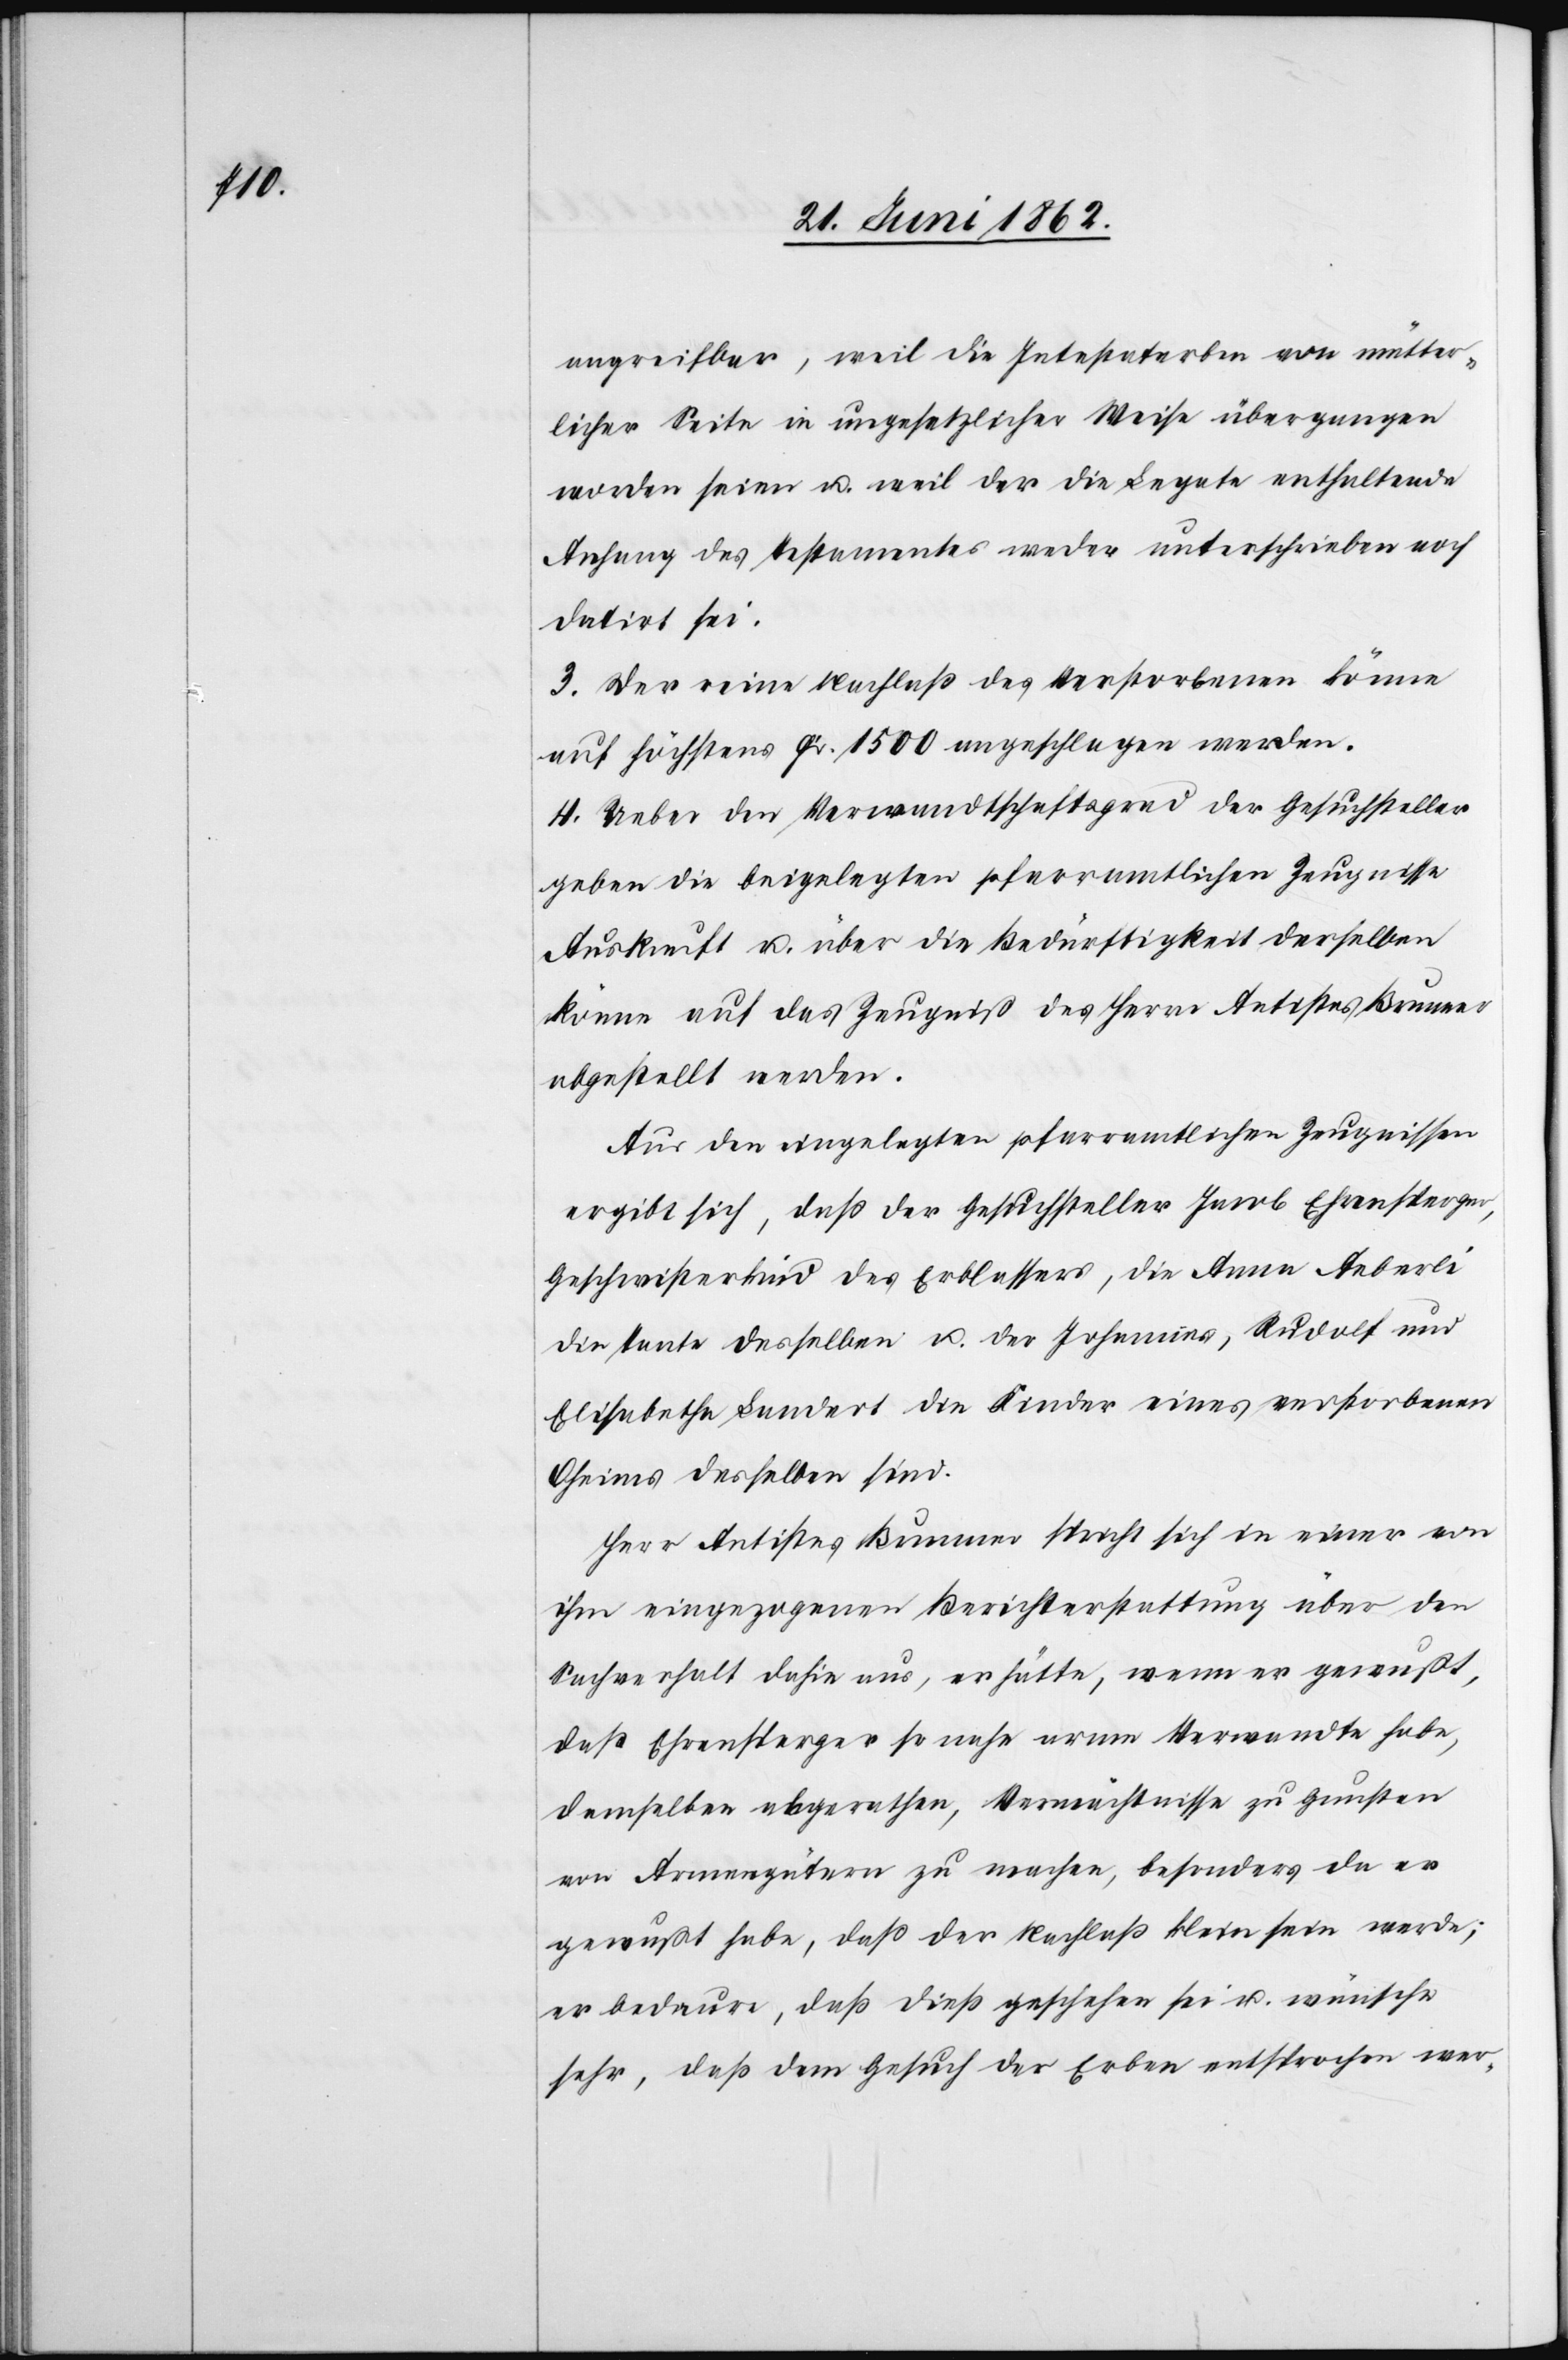
angreifbar, weil die Intestaterben von mütter¬
licher Seite in ungesetzlicher Weise übergangen
worden seien u. weil der die Legate enthaltende
Anhang des Testamentes weder unterschrieben noch
datirt sei.
3. Der reine Nachlaß des Verstorbenen könne
auf höchstens Fr. 1500 angeschlagen werden.
4. Ueber den Verwandtschaftsgrad der Gesuchsteller
geben die beigelegten pfarramtlichen Zeugnisse
Auskunft u. über die Bedürftigkeit derselben
könne auf das Zeugniß des Herrn Antistes Brunner
abgestellt werden.
Aus den eingelegten pfarramtlichen Zeugnissen
ergibt sich, daß der Gesuchsteller Jacob Ehrensperger,
Geschwisterkind des Erblassers, die Anna Aeberli
die Tante desselben u. der Johannes, Rudolf und
Elisabetha Landert die Kinder eines verstorbenen
Oheims desselben sind.
Herr Antistes Brunner spricht sich in einer von
ihm eingezogenen Berichterstattung über den
Sachverhalt dahin aus, er hätte, wenn er gewußt,
daß Ehrensperger so mehr arme Verwandte habe,
demselben abgerathen, Vermächtnisse zu Gunsten
von Armengütern zu machen, besonders da er
gewußt habe, daß der Nachlaß klein sein werde;
er bedaure, daß dieß geschehen sei u. wünsche
sehr, daß dem Gesuche der Erben entsprochen wer-